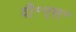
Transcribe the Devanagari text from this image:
वी॰एस॰